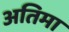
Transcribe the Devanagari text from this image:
अतिमा